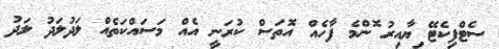
ސެޓްފިކެޓޭ ިޔާއިރު ޮންމެ ފާހެއް އޮތަސް ކުރަނީ އެއް މަސައްކަތެއް ލަދުުުުުލަދު ލަދު